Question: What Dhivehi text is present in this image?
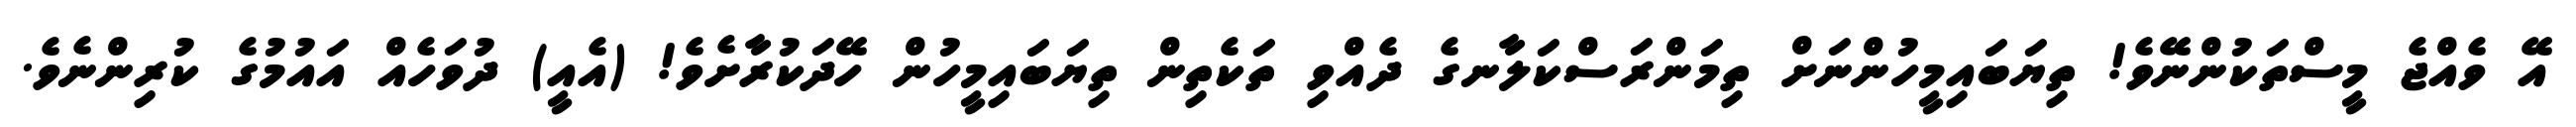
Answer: އޭ ވެއްޖެ މީސްތަކުންނޭވެ! ތިޔަބައިމީހުންނަށް ތިމަންރަސްކަލާނގެ ދެއްވި ތަކެތިން ތިޔަބައިމީހުން ހޭދަކުރާށެވެ! (އެއީ) ދުވަހެއް އައުމުގެ ކުރިންނެވެ.